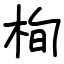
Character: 栒